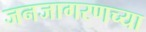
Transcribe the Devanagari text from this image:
जनजागरणच्या